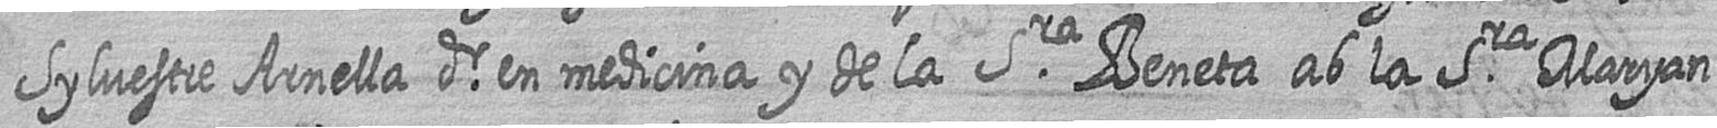
Sylvestre Arnella dr en medicina y de la Sra beneta ab la Sra Maryan